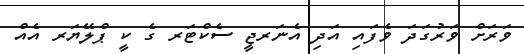
ވަރަށް ވަރުގަދަ ވެފައި އަދި އެނަރޖީ ސެކްޓަރ ގެ ކީ ޕްލޭޔަރ އެއް